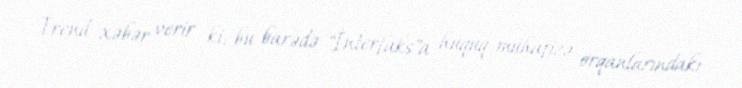
Trend xəbər verir ki, bu barədə "İnterfaks"a hüquq-mühafizə orqanlarındakı